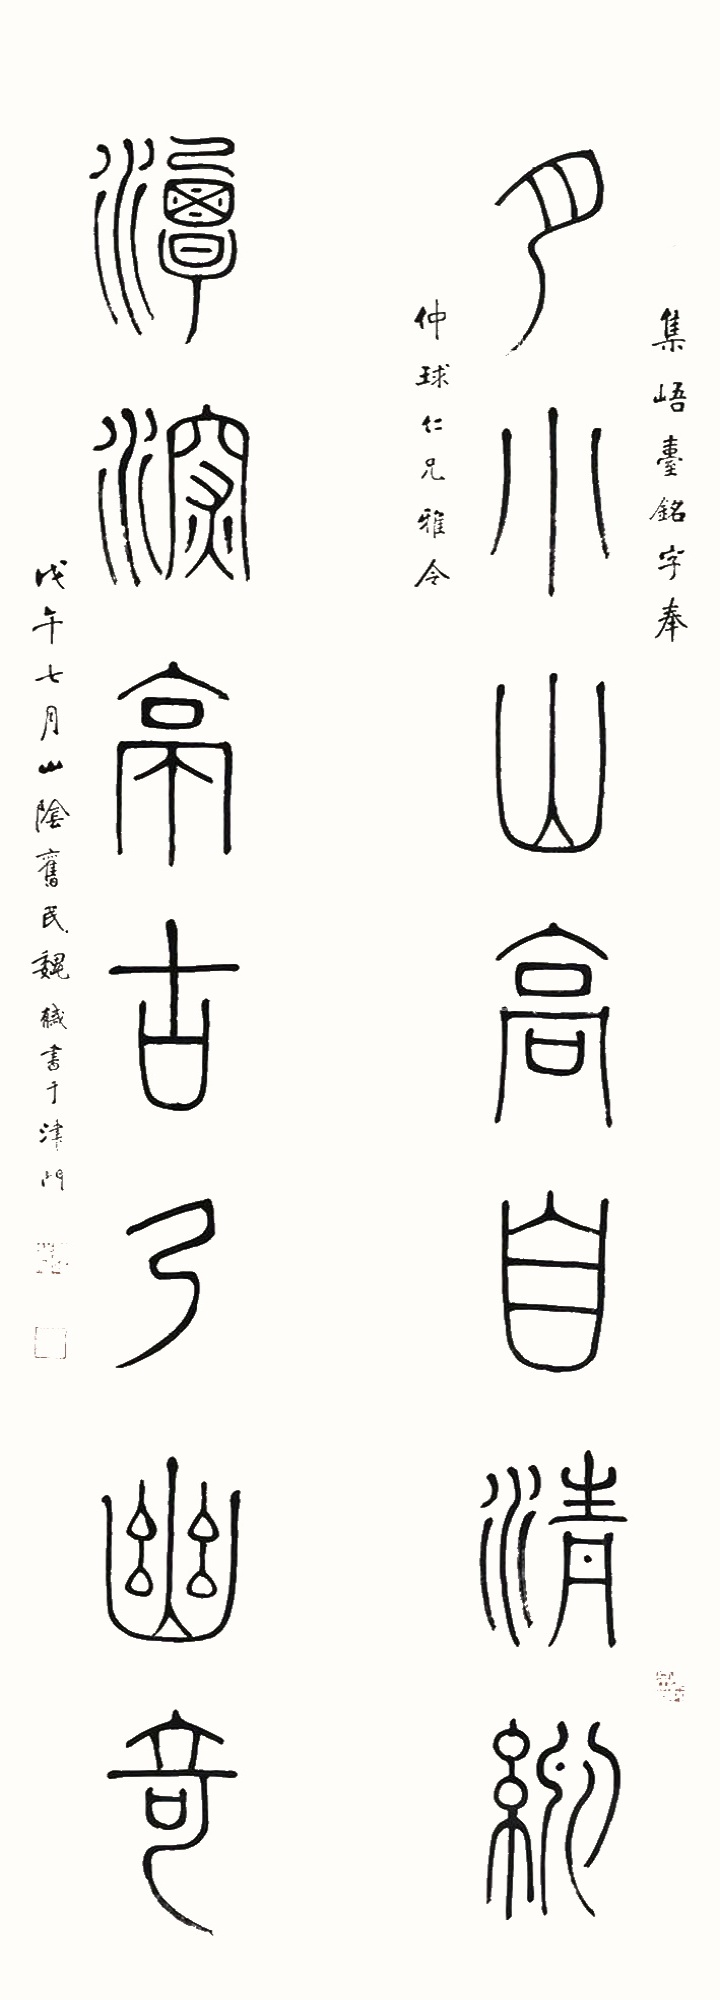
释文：月小山高自清□，潭深亭古乃幽奇。集峿台铭字，奉仲球仁兄雅令。戊午七月，山阴旧民魏戫书于津门。